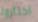
اختاروا